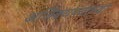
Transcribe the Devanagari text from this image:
अजिंक्यपदाच्या